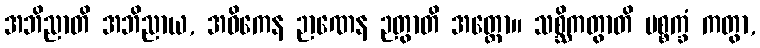
အဘိညာတိ အဘိညာယ, အဓိကေန ဉာဏေန ဉတွာတိ အတ္ထော။ သစ္ဆိကတွာတိ ပစ္စက္ခံ ကတွာ,